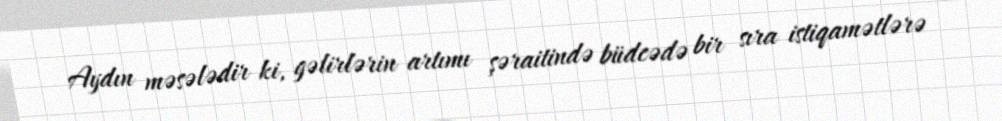
Aydın məsələdir ki, gəlirlərin artımı şəraitində büdcədə bir sıra istiqamətlərə